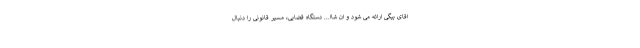
اقای بیگی ارائه می شود و ان شاا... دستگاه قضایی، مسیر قانونی را دنبال